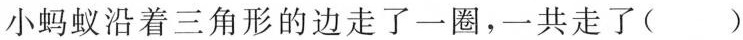
小蚂蚁沿着三角形的边走了一圈，一共走了( )